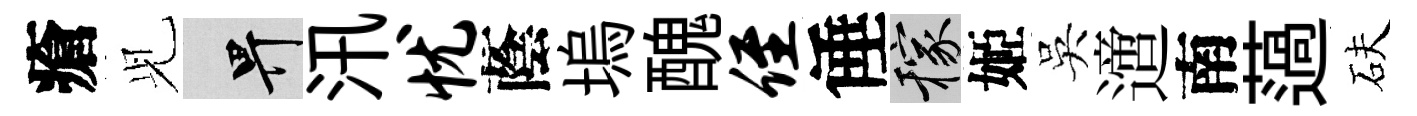
瘡𫤗畀汛忧蔭塢醜侄倕稼姬吳𨗁南薖砆